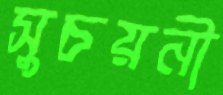
সুচয়নী